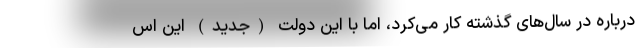
درباره در سال‌های گذشته کار می‌کرد، اما با این دولت (جدید) این اس